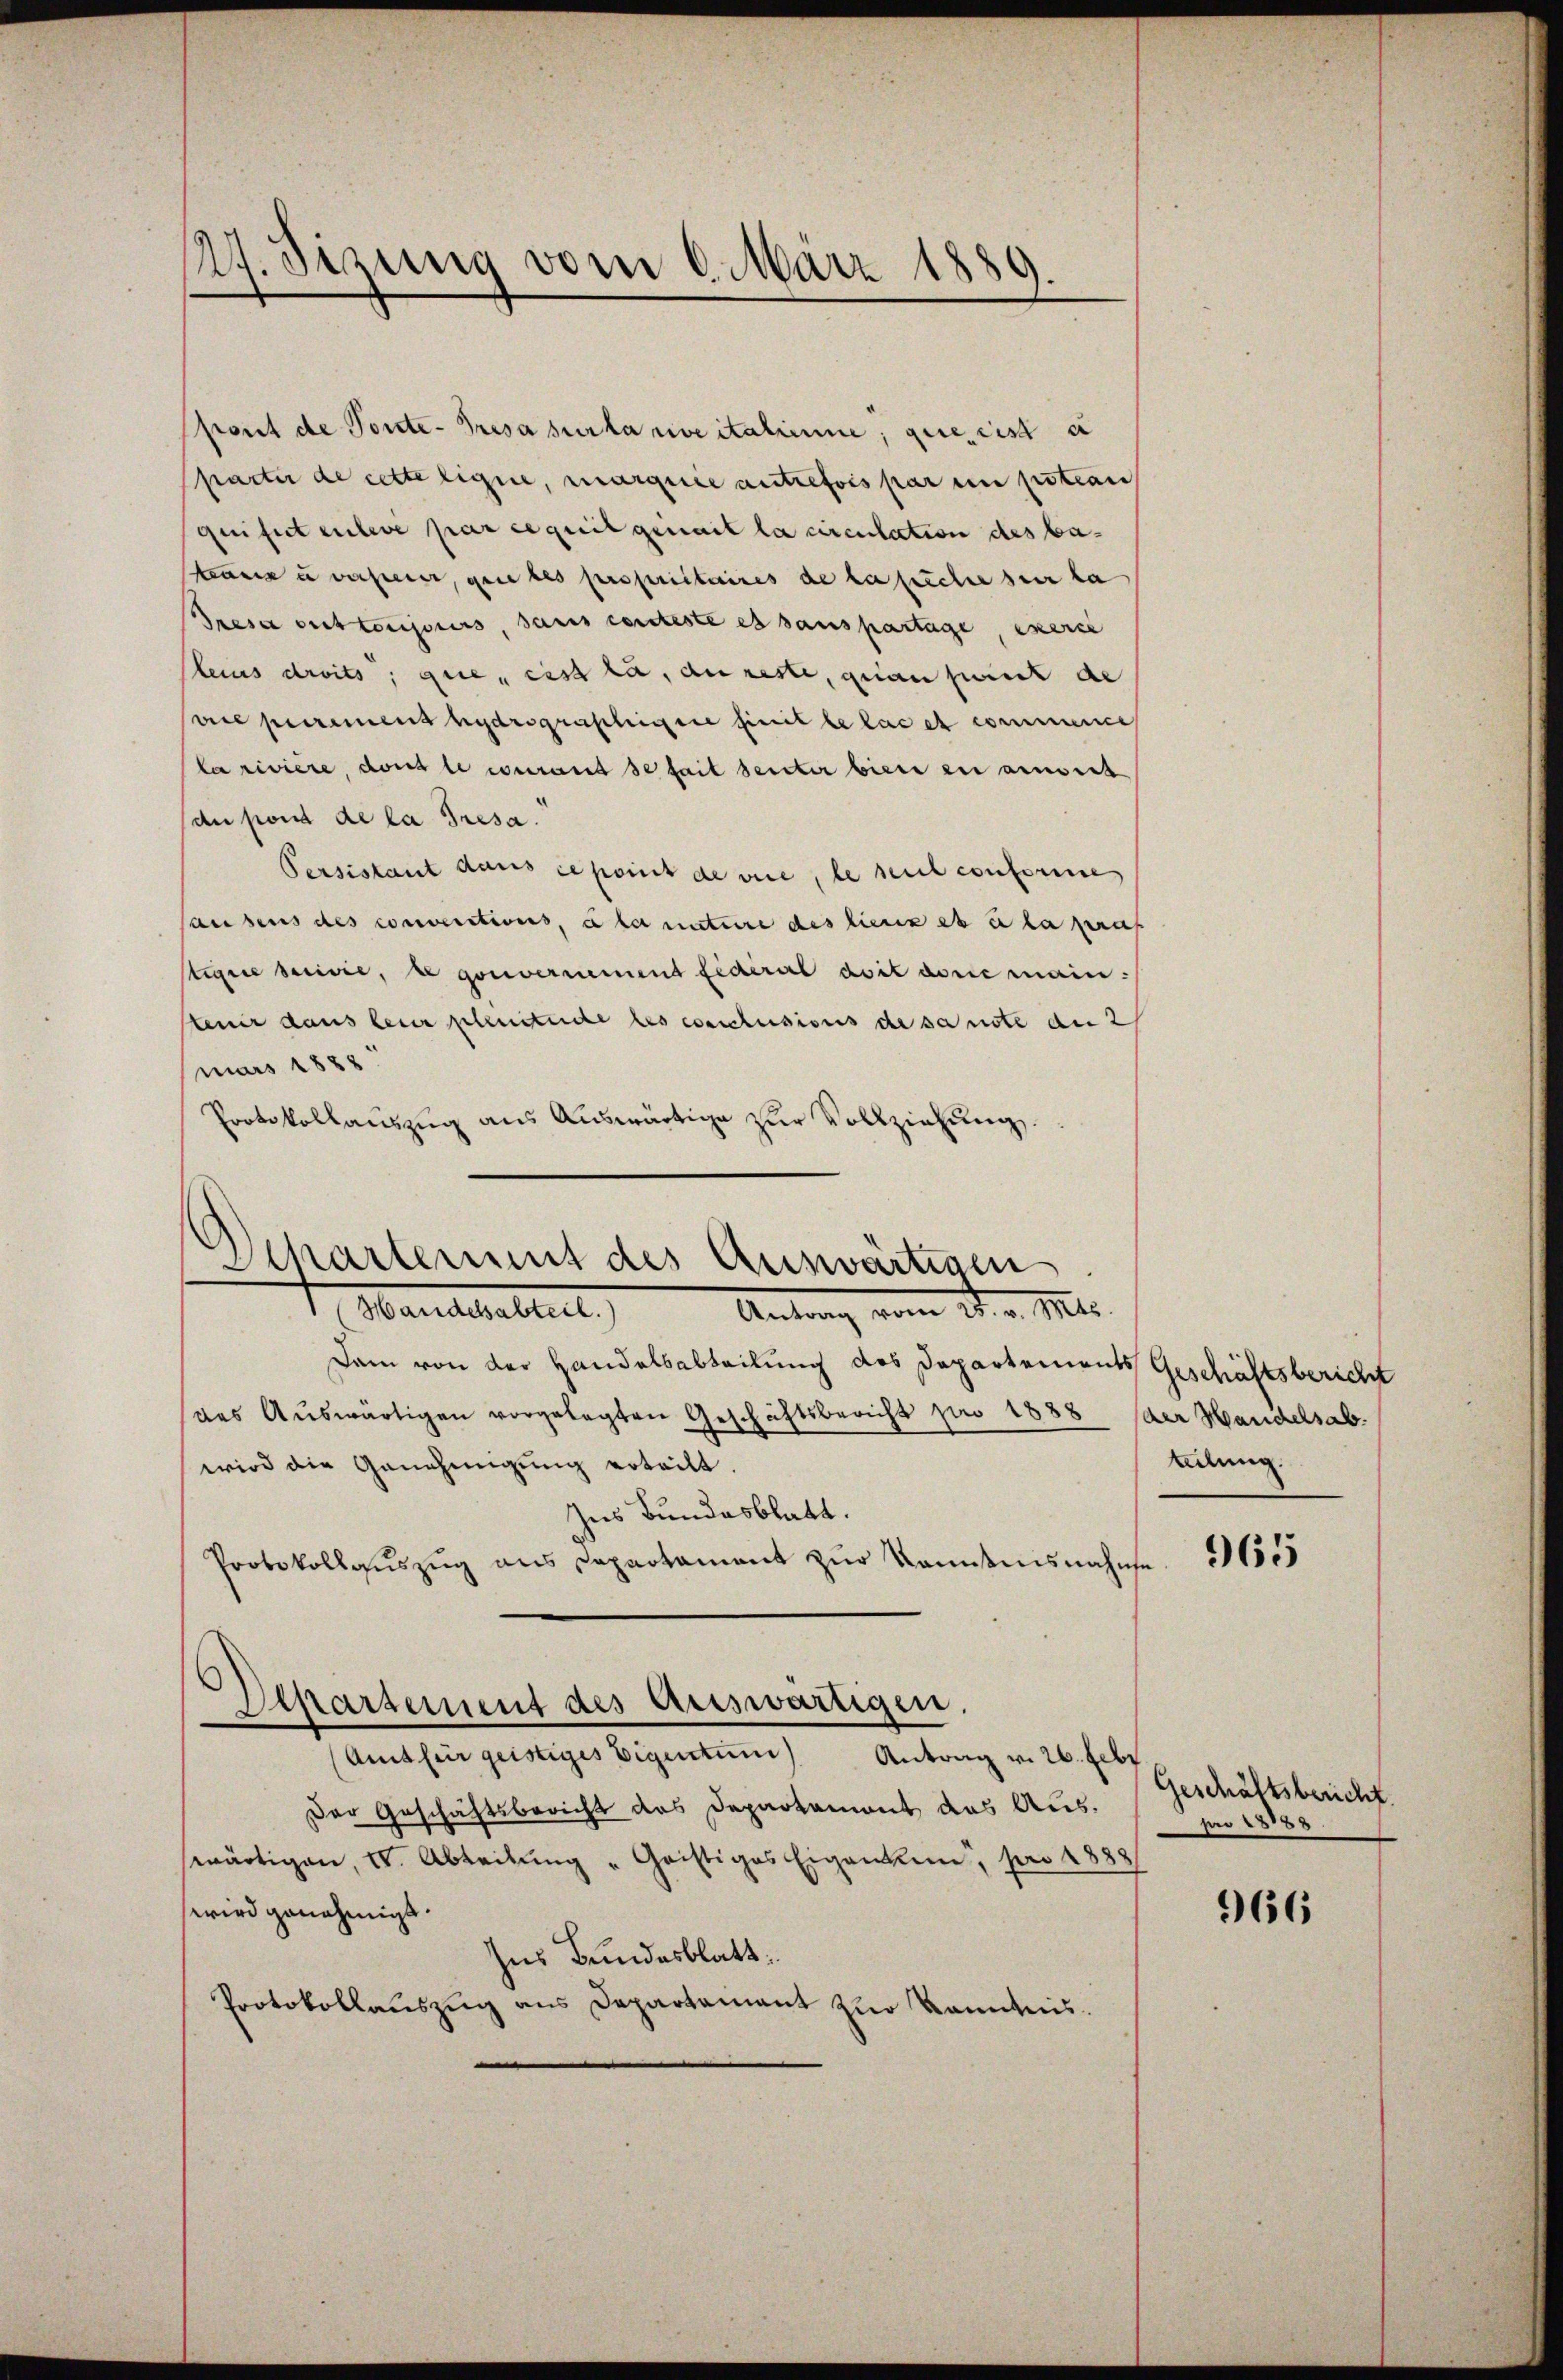
19
dh. Sizung vom 6. März 1889.

pont de Ponte- Presa sur la rive italiene, gutes ist e
partir de cette ligne, marquée autrefois par en potran
quisitenleve par ce quil genait la circulation des bae u daher, gene des propriétaires de la siche sein ka
Tresa ont toujours, sans conteste es sanspartage, exerce
Meius droits, que ces da, au reste, quantik de
ais puremens hydrographigene heit le lacet commence
la riviere, dans le curand de fait seiter biete en anweis
du fond de la Tresa.
Persistant dans ce point de vice, le seul conforne
ausens des conventions, à la mitere des lieux et à la pas
stige berisie, u gouvernement fidéral doit dorie main-
Stenir dans leur schreitete les conclusionis de sa note an 2/
mars 1888
Protokollauszug aus Auswärtige zur Vollziehung.

Departement des Auswärtigen
1 Marielsabtret
Antrag vom 25. v. Mts.

Departement des Auswärtigen.

Dam von der Handelsabteilung des Departements Geschäftsbericht
des Aŭswärtigen vorgelegten Geschäftsbericht pro 1888 der Handelsab.
wird die Genehmigung erteilt.
Ins Bundesblatt.
Protokollauszug aus Departament zur Kenntnisnahme
Amt für geistiges Eigentum)
Antrag v. 26. Febr
Der Geschäftsbericht des Departament das Ausswärtigen, IV. Abteilung "Geistiges Eigentum, pro 188
wird genehmigt.
Ins Bundesblatt
Protokollaŭszŭg ans Departamant zur Kenntnis.

teilung.

965

Geschäftsbericht.
pro 18888

966